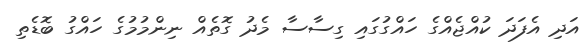
އަދި އެފަދަ ކުއްޖެއްގެ ހައްގުގައި ގިސާސާ މެދު ގޮތެއް ނިންމުމުގެ ހައްގު ބޮޑެތި